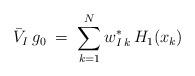
LaTeX: \begin{align*}\bar{V}_I \, g_0 \;=\; \sum_{k=1}^N w^*_{I\,k} \, H_1(x_k) \end{align*}